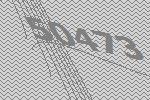
50473